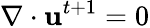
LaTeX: \nabla\cdot\mathbf{u}^{t+1}=0